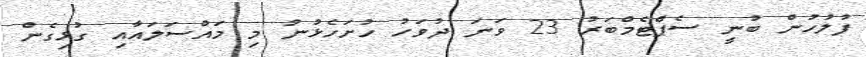
ފުލުހުން ބުނީ ސެޕްޓެމްބަރު 23 ވަނަ ދުވަހު ހުށަހެޅުނު މި މައްސަލައާއި ގުޅިގެން